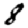
Digit: 8